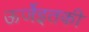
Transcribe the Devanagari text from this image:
ऊर्जेइतकी